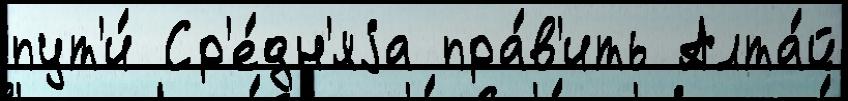
пут'и́ Ср'е́дн'яjа пра́в'ить Алта́й